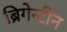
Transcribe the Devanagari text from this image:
ब्रिगेन्टीन